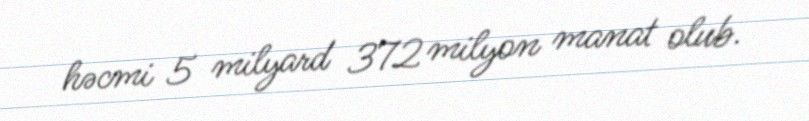
həcmi 5 milyard 372 milyon manat olub.